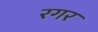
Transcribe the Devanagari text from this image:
रगर